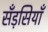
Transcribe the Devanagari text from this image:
सँड़सियाँ